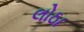
લોઠા